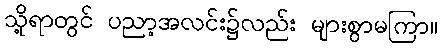
သို့ရာတွင် ပညာ့အလင်း၌လည်း များစွာမကြာ။